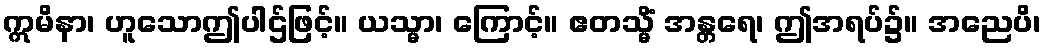
ဣမိနာ၊ ဟူသောဤပါဌ်ဖြင့်။ ယသ္မာ၊ ကြောင့်။ ဧတသ္မိံ အန္တရေ၊ ဤအရပ်၌။ အညေပိ၊